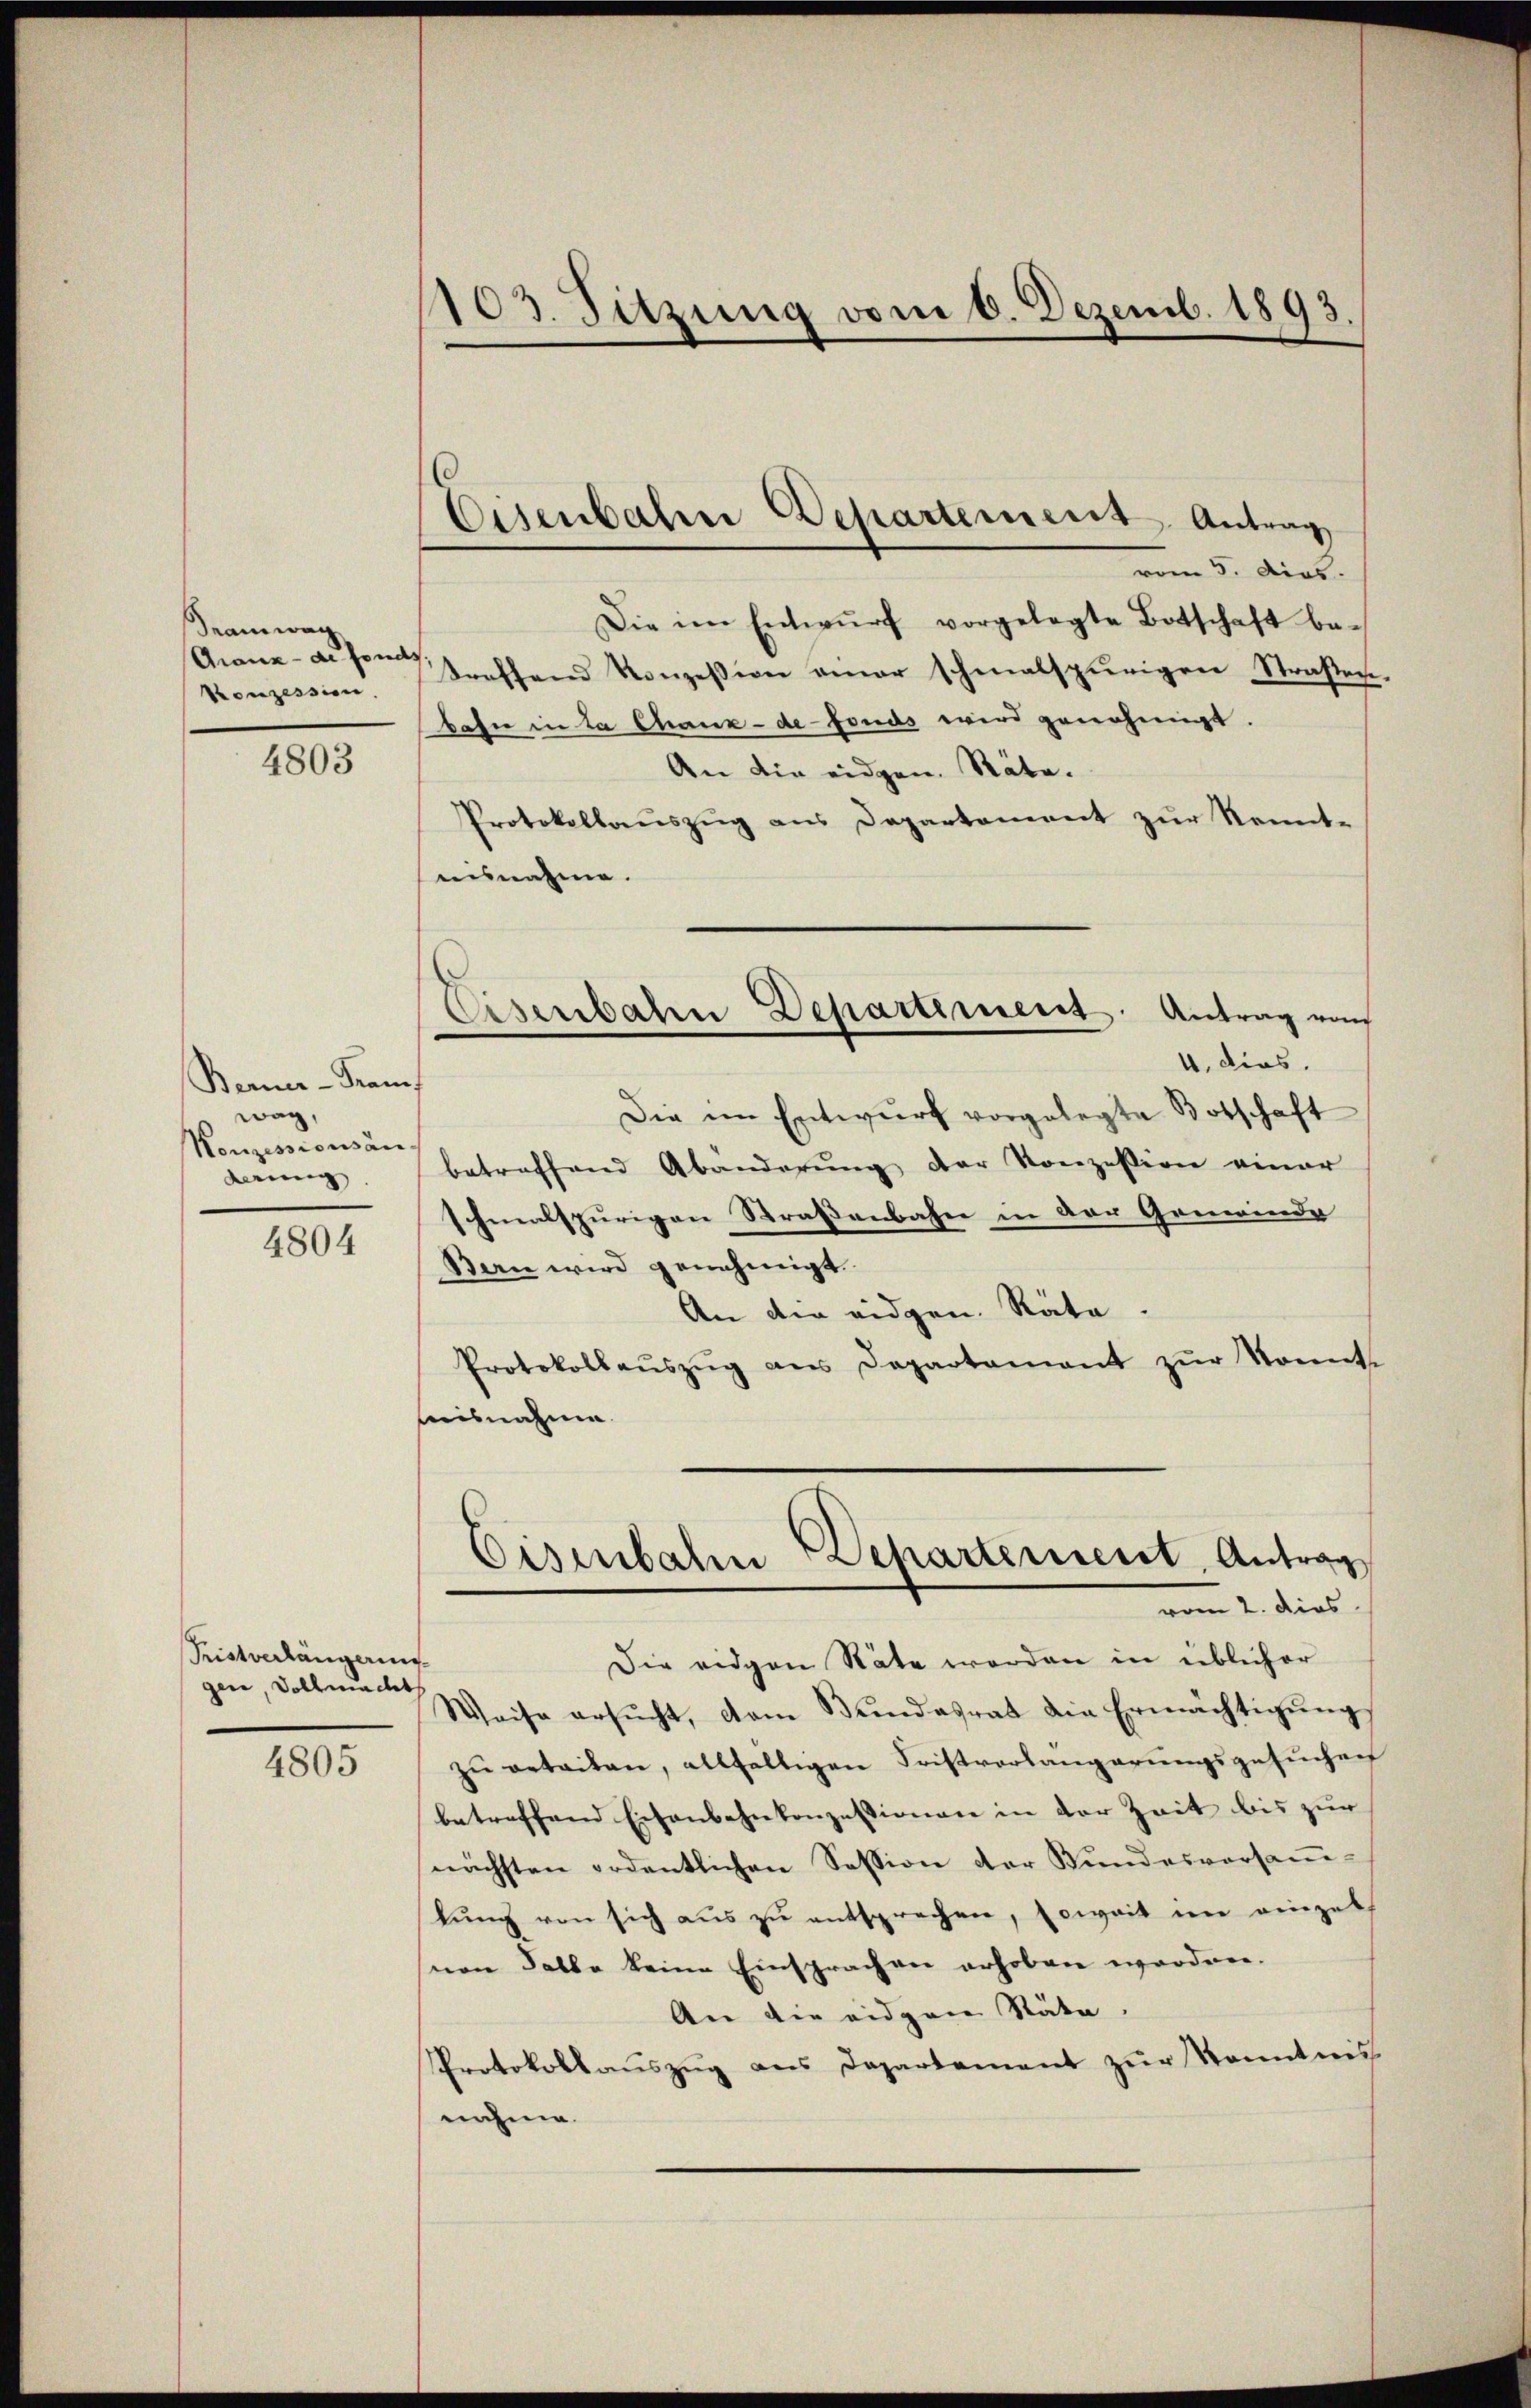
Seamwag
Granz - de fond
Konzession

4803

Berner-Kram
weg,
Konzessionsän
derung

4804

Tristverlängering
gen, Vollmacht

4805

103. Sitzung vom 6. Dezemb. 1893.

Eisenbahrer Departement Antrag

Eisenbahn Departement. Antrag von

vom 5. dias.
Die im Entwŭrf vorgelegte Botschaft be-
treffend Konzession einer schmalspurigen Straßen
bahn in La Chaux-de-Fonds wird genehmigt.
An die eidgen. Räte.
Protokollauszug aus Departement zur Kenntausnahme.
4. dies.
Die im Entwurf vorgelegte Botschaft
betreffend Abänderung der Konzession einer
schmalspurigen Strassenbahn in der Gemeinde
Sen wird genehmigt.
An die eidgen. Räte.
Protokollaŭszŭg ans Departement zŭr Sonnte
hisnahme.
Eisenbahn Departement Antrag
vom 2. dies
Die eidgen Stäte werden in üblicher
Weise ersŭcht, dem Bŭndesrat die Ermächtigŭng
zu retailen, allfälligen Fristvorlängerungsgesuchen
betreffend Eisenbahnkonzessionen in der Zeit bis zur
nächsten ordentlichen Session der Bundesversaṁ-
lŭng von sich aŭs zŭ entsprechen, soweit im einzel
nen Falbe keine Einsprachen erhoben worden.
An die eidgen Stäte.
PProtokollaŭszŭg ans Departement zŭr Kenntnis
nahme